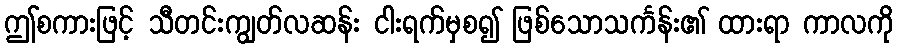
ဤစကားဖြင့် သီတင်းကျွတ်လဆန်း ငါးရက်မှစ၍ ဖြစ်သောသင်္ကန်း၏ ထားရာ ကာလကို